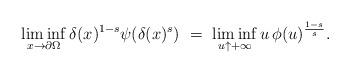
LaTeX: \begin{align*}\liminf_{x\to\partial\Omega}\delta(x)^{1-s}\psi(\delta(x)^{s})\ =\ \liminf_{u\uparrow+\infty}u\,\phi(u)^{\frac{1-s}{s}}.\end{align*}